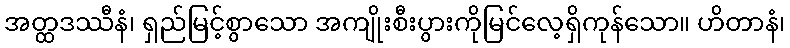
အတ္ထဒဿီနံ၊ ရှည်မြင့်စွာသော အကျိုးစီးပွားကိုမြင်လေ့ရှိကုန်သော။ ဟိတာနံ၊